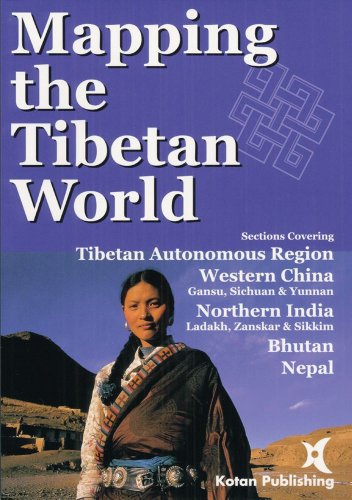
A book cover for Mapping the Tibetan World; Yukiyasu Osada; Travel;